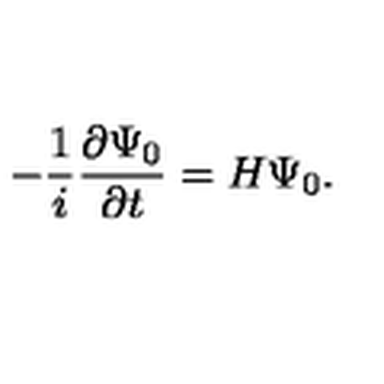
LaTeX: - { \frac { 1 } { i } } { \frac { \partial \Psi _ { 0 } } { \partial t } } = H \Psi _ { 0 } .